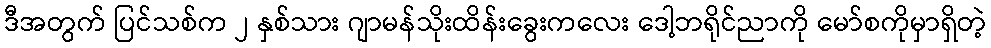
ဒီအတွက် ပြင်သစ်က ၂ နှစ်သား ဂျာမန်သိုးထိန်းခွေးကလေး ဒေါ့ဘရိုင်ညာကို မော်စကိုမှာရှိတဲ့